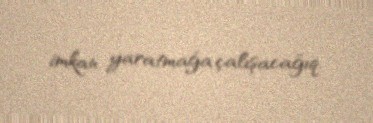
imkan yaratmağa çalışacağıq.